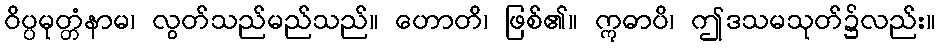
ဝိပ္ပမုတ္တံနာမ၊ လွတ်သည်မည်သည်။ ဟောတိ၊ ဖြစ်၏။ ဣဓာပိ၊ ဤဒသမသုတ်၌လည်း။